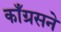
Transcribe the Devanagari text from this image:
काँग्रसने